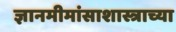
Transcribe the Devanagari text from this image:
ज्ञानमीमांसाशास्त्राच्या